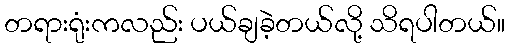
တရားရုံးကလည်း ပယ်ချခဲ့တယ်လို့ သိရပါတယ်။